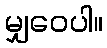
မျှဝေပါ။